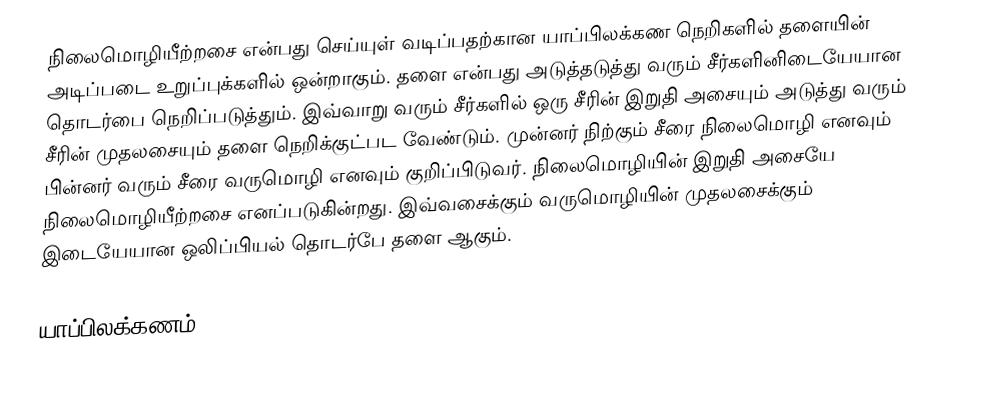
நிலைமொழியீற்றசை என்பது செய்யுள் வடிப்பதற்கான யாப்பிலக்கண நெறிகளில் தளையின் அடிப்படை உறுப்புக்களில் ஒன்றாகும். தளை என்பது அடுத்தடுத்து வரும் சீர்களினிடையேயான தொடர்பை நெறிப்படுத்தும். இவ்வாறு வரும் சீர்களில் ஒரு சீரின் இறுதி அசையும் அடுத்து வரும் சீரின் முதலசையும் தளை நெறிக்குட்பட வேண்டும். முன்னர் நிற்கும் சீரை நிலைமொழி எனவும் பின்னர் வரும் சீரை வருமொழி எனவும் குறிப்பிடுவர். நிலைமொழியின் இறுதி அசையே நிலைமொழியீற்றசை எனப்படுகின்றது. இவ்வசைக்கும் வருமொழியின் முதலசைக்கும் இடையேயான ஒலிப்பியல் தொடர்பே தளை ஆகும்.

யாப்பிலக்கணம்